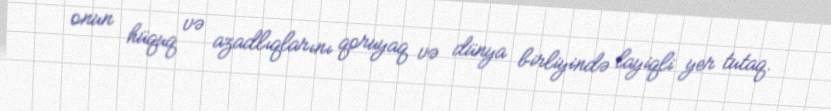
onun hüquq və azadlıqlarını qoruyaq və dünya birliyində layiqli yer tutaq.